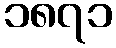
၁၈၇၁